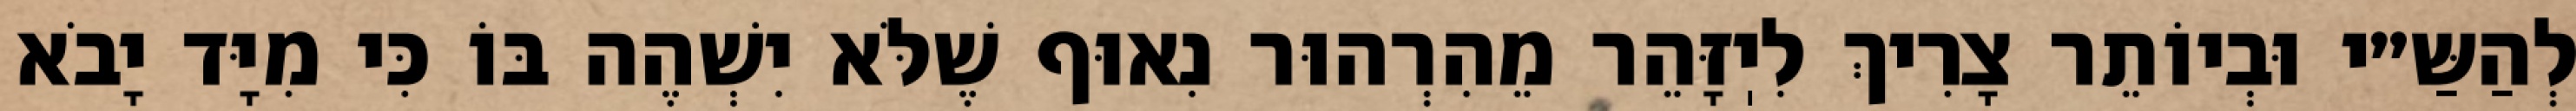
לְהַשַּ״י וּבְיוֹתֵר צָרִיךְ לִיֽזָּהֵר מֵהִרְהוּר נִאוּף שֶׁלֹּא יִשְׁהֶה בּוֹ כִּי מִיָּד יָבֹא